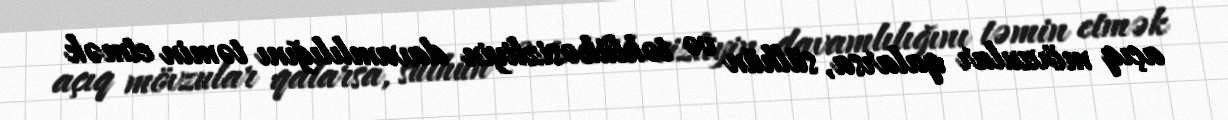
açıq mövzular qalarsa, sülhün və təhlükəsizliyin davamlılığını təmin etmək